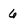
Character: 6